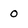
Character: o